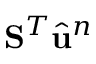
\mathbf { S } ^ { T } \hat { \ensuremath { \mathbf { u } } } ^ { n }